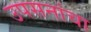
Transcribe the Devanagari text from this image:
उपसनांचा